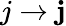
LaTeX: j\to\mathbf{j}